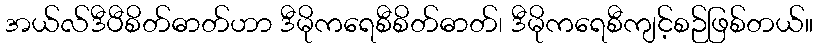
အယ်လ်ဒီပီစိတ်ဓာတ်ဟာ ဒီမိုကရေစီစိတ်ဓာတ်၊ ဒီမိုကရေစီကျင့်စဉ်ဖြစ်တယ်။